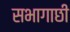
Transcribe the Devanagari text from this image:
सभागाछी